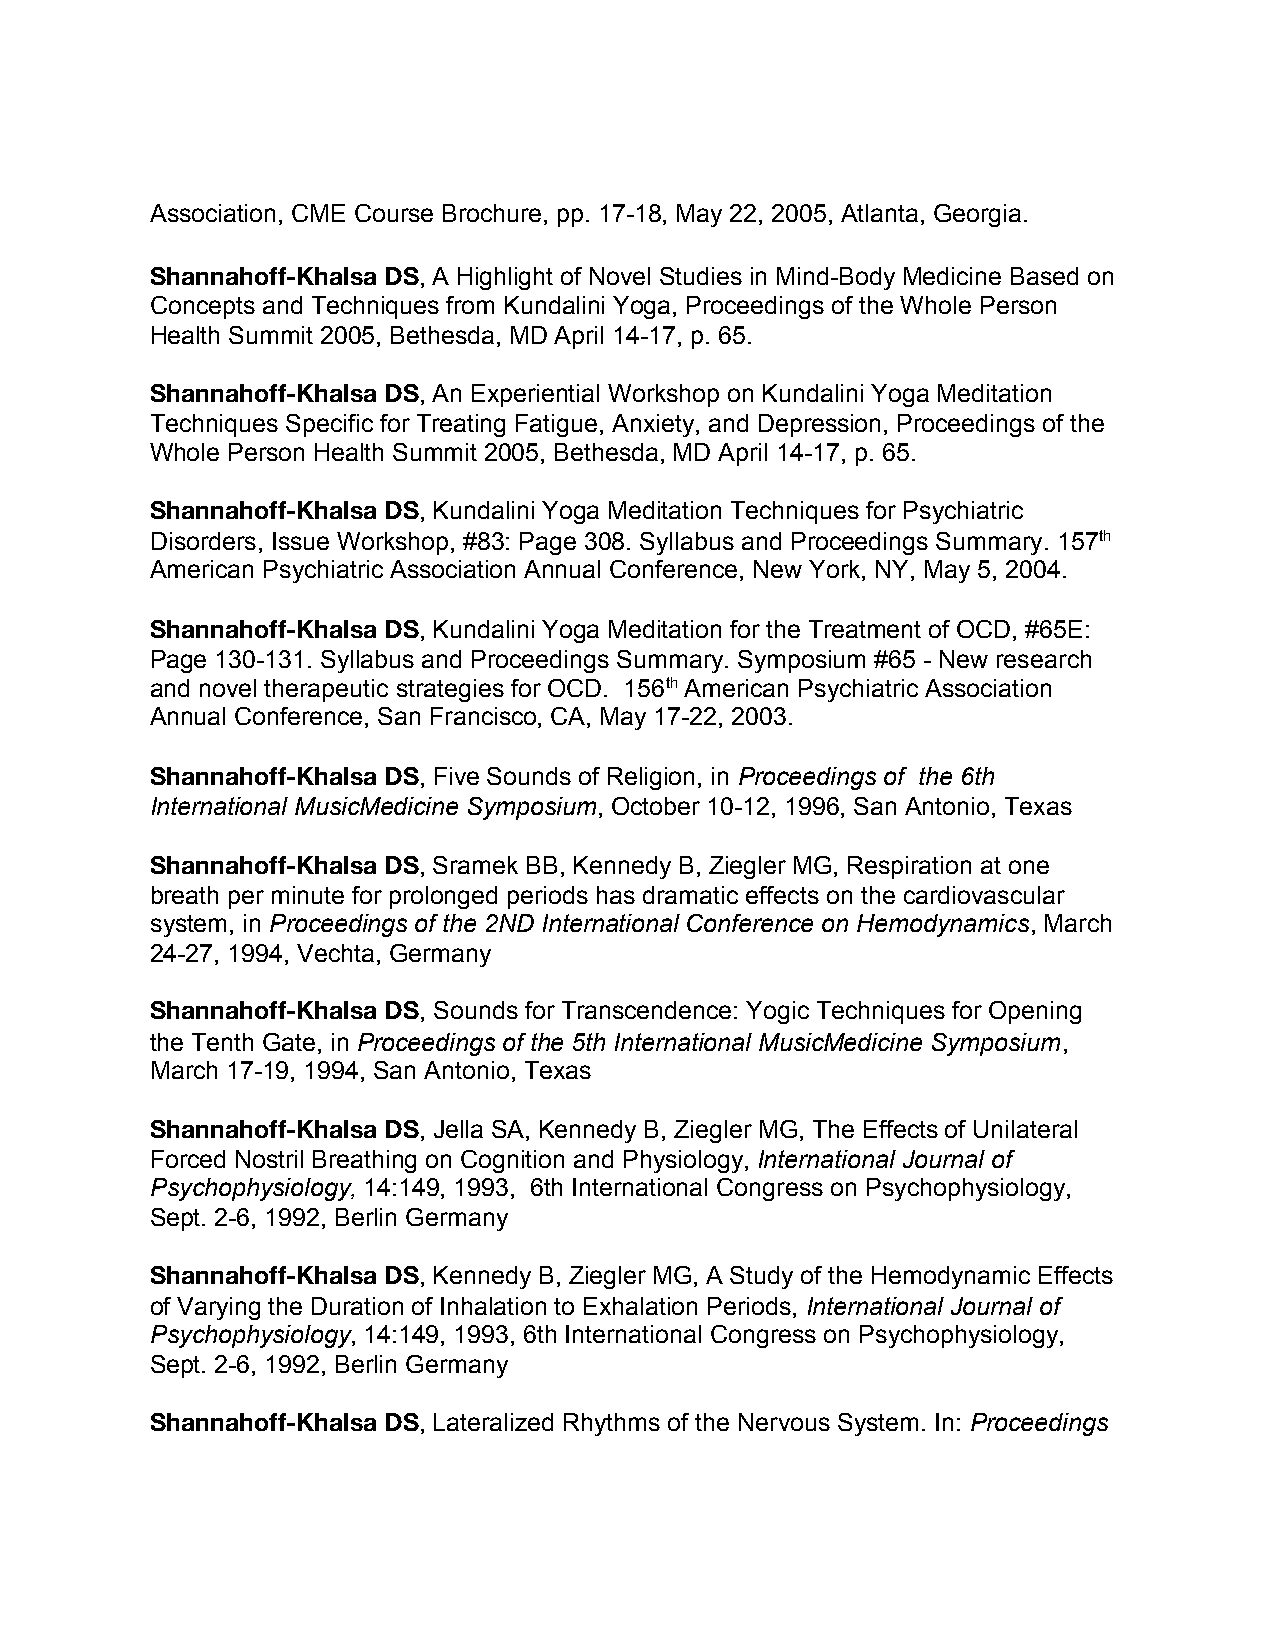
Association, CME Course Brochure, pp. 17-18, May 22, 2005, Atlanta, Georgia.
 Shannahoff-Khalsa DS, A Highlight of Novel Studies in Mind-Body Medicine Based on
 ​
 Concepts and Techniques from Kundalini Yoga, Proceedings of the Whole Person
 Health Summit 2005, Bethesda, MD April 14-17, p. 65.
 Shannahoff-Khalsa DS, An Experiential Workshop on Kundalini Yoga Meditation
 ​
 Techniques Specific for Treating Fatigue, Anxiety, and Depression, Proceedings of the
 Whole Person Health Summit 2005, Bethesda, MD April 14-17, p. 65.
 Shannahoff-Khalsa DS, Kundalini Yoga Meditation Techniques for Psychiatric
 ​
 Disorders, Issue Workshop, #83: Page 308. Syllabus and Proceedings Summary. 157th
 ​
 American Psychiatric Association Annual Conference, New York, NY, May 5, 2004.
 Shannahoff-Khalsa DS, Kundalini Yoga Meditation for the Treatment of OCD, #65E:
 ​
 Page 130-131. Syllabus and Proceedings Summary. Symposium #65 - New research
 and novel therapeutic strategies for OCD. 156th American Psychiatric Association
 ​
 ​
 Annual Conference, San Francisco, CA, May 17-22, 2003.
 Shannahoff-Khalsa DS, Five Sounds of Religion, in Proceedings of the 6th
 ​                    ​
 International MusicMedicine Symposium, October 10-12, 1996, San Antonio, Texas
 ​
 Shannahoff-Khalsa DS, Sramek BB, Kennedy B, Ziegler MG, Respiration at one
 ​
 breath per minute for prolonged periods has dramatic effects on the cardiovascular
 system, in Proceedings of the 2ND International Conference on Hemodynamics, March
 ​                                                 ​
 24-27, 1994, Vechta, Germany
 Shannahoff-Khalsa DS, Sounds for Transcendence: Yogic Techniques for Opening
 ​
 the Tenth Gate, in Proceedings of the 5th International MusicMedicine Symposium,
 ​                                             ​
 March 17-19, 1994, San Antonio, Texas
 Shannahoff-Khalsa DS, Jella SA, Kennedy B, Ziegler MG, The Effects of Unilateral
 ​
 Forced Nostril Breathing on Cognition and Physiology, International Journal of
 ​
 Psychophysiology, 14:149, 1993, 6th International Congress on Psychophysiology,
 ​
 Sept. 2-6, 1992, Berlin Germany
 Shannahoff-Khalsa DS, Kennedy B, Ziegler MG, A Study of the Hemodynamic Effects
 ​
 of Varying the Duration of Inhalation to Exhalation Periods, International Journal of
 ​
 Psychophysiology, 14:149, 1993, 6th International Congress on Psychophysiology,
 ​
 Sept. 2-6, 1992, Berlin Germany
 Shannahoff-Khalsa DS, Lateralized Rhythms of the Nervous System. In: Proceedings
 ​                                   ​